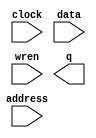
// megafunction wizard: %RAM: 1-PORT%VBB%
// GENERATION: STANDARD
// VERSION: WM1.0
// MODULE: altsyncram 

// ============================================================
// Megafunction Name(s):
// 			altsyncram
//
// Simulation Library Files(s):
// 			altera_mf
// ============================================================
// ************************************************************
// THIS IS A WIZARD-GENERATED FILE. DO NOT EDIT THIS FILE!
//
// 15.0.0 Build 145 04/22/2015 SJ Web Edition
// ************************************************************

//Copyright (C) 1991-2015 Altera Corporation. All rights reserved.
//Your use of Altera Corporation's design tools, logic functions 
//and other software and tools, and its AMPP partner logic 
//functions, and any output files from any of the foregoing 
//(including device programming or simulation files), and any 
//associated documentation or information are expressly subject 
//to the terms and conditions of the Altera Program License 
//Subscription Agreement, the Altera Quartus II License Agreement,
//the Altera MegaCore Function License Agreement, or other 
//applicable license agreement, including, without limitation, 
//that your use is for the sole purpose of programming logic 
//devices manufactured by Altera and sold by Altera or its 
//authorized distributors.  Please refer to the applicable 
//agreement for further details.

module ram2 (
	address,
	clock,
	data,
	wren,
	q);

	input	[9:0]  address;
	input	  clock;
	input	[7:0]  data;
	input	  wren;
	output	[7:0]  q;
`ifndef ALTERA_RESERVED_QIS
// synopsys translate_off
`endif
	tri1	  clock;
`ifndef ALTERA_RESERVED_QIS
// synopsys translate_on
`endif

endmodule

// ============================================================
// CNX file retrieval info
// ============================================================
// Retrieval info: PRIVATE: ADDRESSSTALL_A NUMERIC "0"
// Retrieval info: PRIVATE: AclrAddr NUMERIC "0"
// Retrieval info: PRIVATE: AclrByte NUMERIC "0"
// Retrieval info: PRIVATE: AclrData NUMERIC "0"
// Retrieval info: PRIVATE: AclrOutput NUMERIC "0"
// Retrieval info: PRIVATE: BYTE_ENABLE NUMERIC "0"
// Retrieval info: PRIVATE: BYTE_SIZE NUMERIC "8"
// Retrieval info: PRIVATE: BlankMemory NUMERIC "1"
// Retrieval info: PRIVATE: CLOCK_ENABLE_INPUT_A NUMERIC "0"
// Retrieval info: PRIVATE: CLOCK_ENABLE_OUTPUT_A NUMERIC "0"
// Retrieval info: PRIVATE: Clken NUMERIC "0"
// Retrieval info: PRIVATE: DataBusSeparated NUMERIC "1"
// Retrieval info: PRIVATE: IMPLEMENT_IN_LES NUMERIC "0"
// Retrieval info: PRIVATE: INIT_FILE_LAYOUT STRING "PORT_A"
// Retrieval info: PRIVATE: INIT_TO_SIM_X NUMERIC "0"
// Retrieval info: PRIVATE: INTENDED_DEVICE_FAMILY STRING "MAX 10"
// Retrieval info: PRIVATE: JTAG_ENABLED NUMERIC "0"
// Retrieval info: PRIVATE: JTAG_ID STRING "NONE"
// Retrieval info: PRIVATE: MAXIMUM_DEPTH NUMERIC "0"
// Retrieval info: PRIVATE: MIFfilename STRING ""
// Retrieval info: PRIVATE: NUMWORDS_A NUMERIC "1024"
// Retrieval info: PRIVATE: RAM_BLOCK_TYPE NUMERIC "0"
// Retrieval info: PRIVATE: READ_DURING_WRITE_MODE_PORT_A NUMERIC "2"
// Retrieval info: PRIVATE: RegAddr NUMERIC "1"
// Retrieval info: PRIVATE: RegData NUMERIC "1"
// Retrieval info: PRIVATE: RegOutput NUMERIC "1"
// Retrieval info: PRIVATE: SYNTH_WRAPPER_GEN_POSTFIX STRING "0"
// Retrieval info: PRIVATE: SingleClock NUMERIC "1"
// Retrieval info: PRIVATE: UseDQRAM NUMERIC "1"
// Retrieval info: PRIVATE: WRCONTROL_ACLR_A NUMERIC "0"
// Retrieval info: PRIVATE: WidthAddr NUMERIC "10"
// Retrieval info: PRIVATE: WidthData NUMERIC "8"
// Retrieval info: PRIVATE: rden NUMERIC "0"
// Retrieval info: LIBRARY: altera_mf altera_mf.altera_mf_components.all
// Retrieval info: CONSTANT: CLOCK_ENABLE_INPUT_A STRING "BYPASS"
// Retrieval info: CONSTANT: CLOCK_ENABLE_OUTPUT_A STRING "BYPASS"
// Retrieval info: CONSTANT: INTENDED_DEVICE_FAMILY STRING "MAX 10"
// Retrieval info: CONSTANT: LPM_HINT STRING "ENABLE_RUNTIME_MOD=NO"
// Retrieval info: CONSTANT: LPM_TYPE STRING "altsyncram"
// Retrieval info: CONSTANT: NUMWORDS_A NUMERIC "1024"
// Retrieval info: CONSTANT: OPERATION_MODE STRING "SINGLE_PORT"
// Retrieval info: CONSTANT: OUTDATA_ACLR_A STRING "NONE"
// Retrieval info: CONSTANT: OUTDATA_REG_A STRING "CLOCK0"
// Retrieval info: CONSTANT: POWER_UP_UNINITIALIZED STRING "FALSE"
// Retrieval info: CONSTANT: READ_DURING_WRITE_MODE_PORT_A STRING "DONT_CARE"
// Retrieval info: CONSTANT: WIDTHAD_A NUMERIC "10"
// Retrieval info: CONSTANT: WIDTH_A NUMERIC "8"
// Retrieval info: CONSTANT: WIDTH_BYTEENA_A NUMERIC "1"
// Retrieval info: USED_PORT: address 0 0 10 0 INPUT NODEFVAL "address[9..0]"
// Retrieval info: USED_PORT: clock 0 0 0 0 INPUT VCC "clock"
// Retrieval info: USED_PORT: data 0 0 8 0 INPUT NODEFVAL "data[7..0]"
// Retrieval info: USED_PORT: q 0 0 8 0 OUTPUT NODEFVAL "q[7..0]"
// Retrieval info: USED_PORT: wren 0 0 0 0 INPUT NODEFVAL "wren"
// Retrieval info: CONNECT: @address_a 0 0 10 0 address 0 0 10 0
// Retrieval info: CONNECT: @clock0 0 0 0 0 clock 0 0 0 0
// Retrieval info: CONNECT: @data_a 0 0 8 0 data 0 0 8 0
// Retrieval info: CONNECT: @wren_a 0 0 0 0 wren 0 0 0 0
// Retrieval info: CONNECT: q 0 0 8 0 @q_a 0 0 8 0
// Retrieval info: GEN_FILE: TYPE_NORMAL ram2.v TRUE
// Retrieval info: GEN_FILE: TYPE_NORMAL ram2.inc FALSE
// Retrieval info: GEN_FILE: TYPE_NORMAL ram2.cmp FALSE
// Retrieval info: GEN_FILE: TYPE_NORMAL ram2.bsf TRUE
// Retrieval info: GEN_FILE: TYPE_NORMAL ram2_inst.v FALSE
// Retrieval info: GEN_FILE: TYPE_NORMAL ram2_bb.v TRUE
// Retrieval info: LIB_FILE: altera_mf